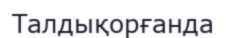
Талдықорғанда